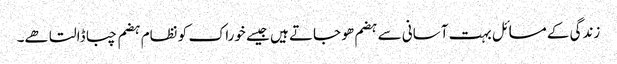
زندگی کے مسائل بہت آسانی سے ہضم ھو جاتے ہیں جیسے خوراک کو نظام ہضم چبا ڈالتا ھے۔